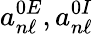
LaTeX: a_{n\ell}^{0E},a_{n\ell}^{0I}